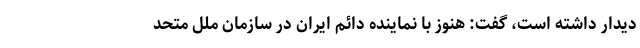
دیدار داشته است، گفت: هنوز با نماینده دائم ایران در سازمان ملل متحد